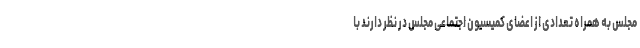
مجلس به همراه تعدادی از اعضای کمیسیون اجتماعی مجلس در نظر دارند با